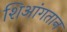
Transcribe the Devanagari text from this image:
शिआंगतान